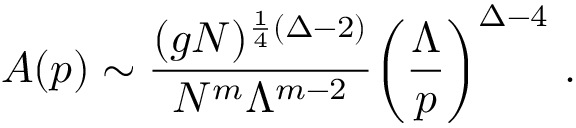
{ \cal A } ( p ) \sim \frac { ( g N ) ^ { \frac { 1 } { 4 } ( \Delta - 2 ) } } { N ^ { m } \Lambda ^ { m - 2 } } \biggl ( \frac { \Lambda } { p } \biggr ) ^ { \Delta - 4 } \ .